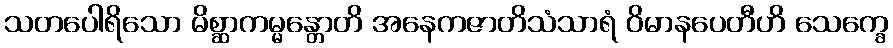
သတပေါရိသော မိစ္ဆာကမ္မန္တောတိ အနေကဇာတိသံသာရံ ဝိမာနပေတီဟိ သေက္ခေ